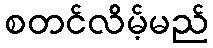
စတင်လိမ့်မည်